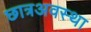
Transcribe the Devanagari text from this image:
छात्रअवस्था